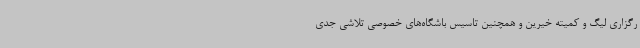
رگزاری لیگ و کمیته خیرین و همچنین تاسیس باشگاه‌های خصوصی تلاشی جدی